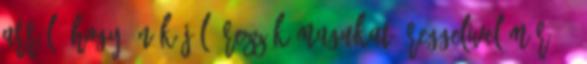
arról, hogy Önök jól érezzék magukat? Reggelivel már 30